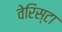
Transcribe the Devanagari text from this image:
वेरिस्टा